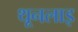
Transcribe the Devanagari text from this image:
थूनलाइ